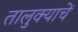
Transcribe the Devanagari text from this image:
तालुक्याचें